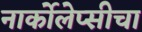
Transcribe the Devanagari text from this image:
नार्कोलेप्सीचा